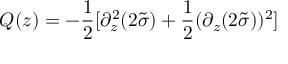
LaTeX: Q ( z ) = - \frac { 1 } { 2 } [ \partial _ { z } ^ { 2 } ( 2 \tilde { \sigma } ) + \frac { 1 } { 2 } ( \partial _ { z } ( 2 \tilde { \sigma } ) ) ^ { 2 } ]